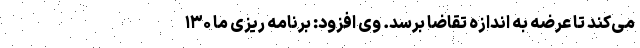
می‌کند تا عرضه به اندازه تقاضا برسد. وی افزود: برنامه ریزی ما ۱۳۰